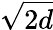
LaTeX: \sqrt{2d}